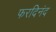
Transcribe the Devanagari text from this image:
फरदिनंद